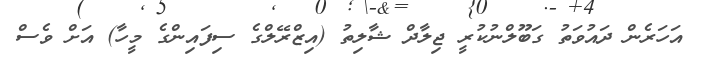
އަހަރެން ދައުވަތު ގަބޫލްނުކުރީ ޖިލާދް ޝާލިތު (އިޒްރޭލްގެ ސިފައިންގެ މީހާ) އަށް ވެސް